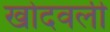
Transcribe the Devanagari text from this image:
खोदवली